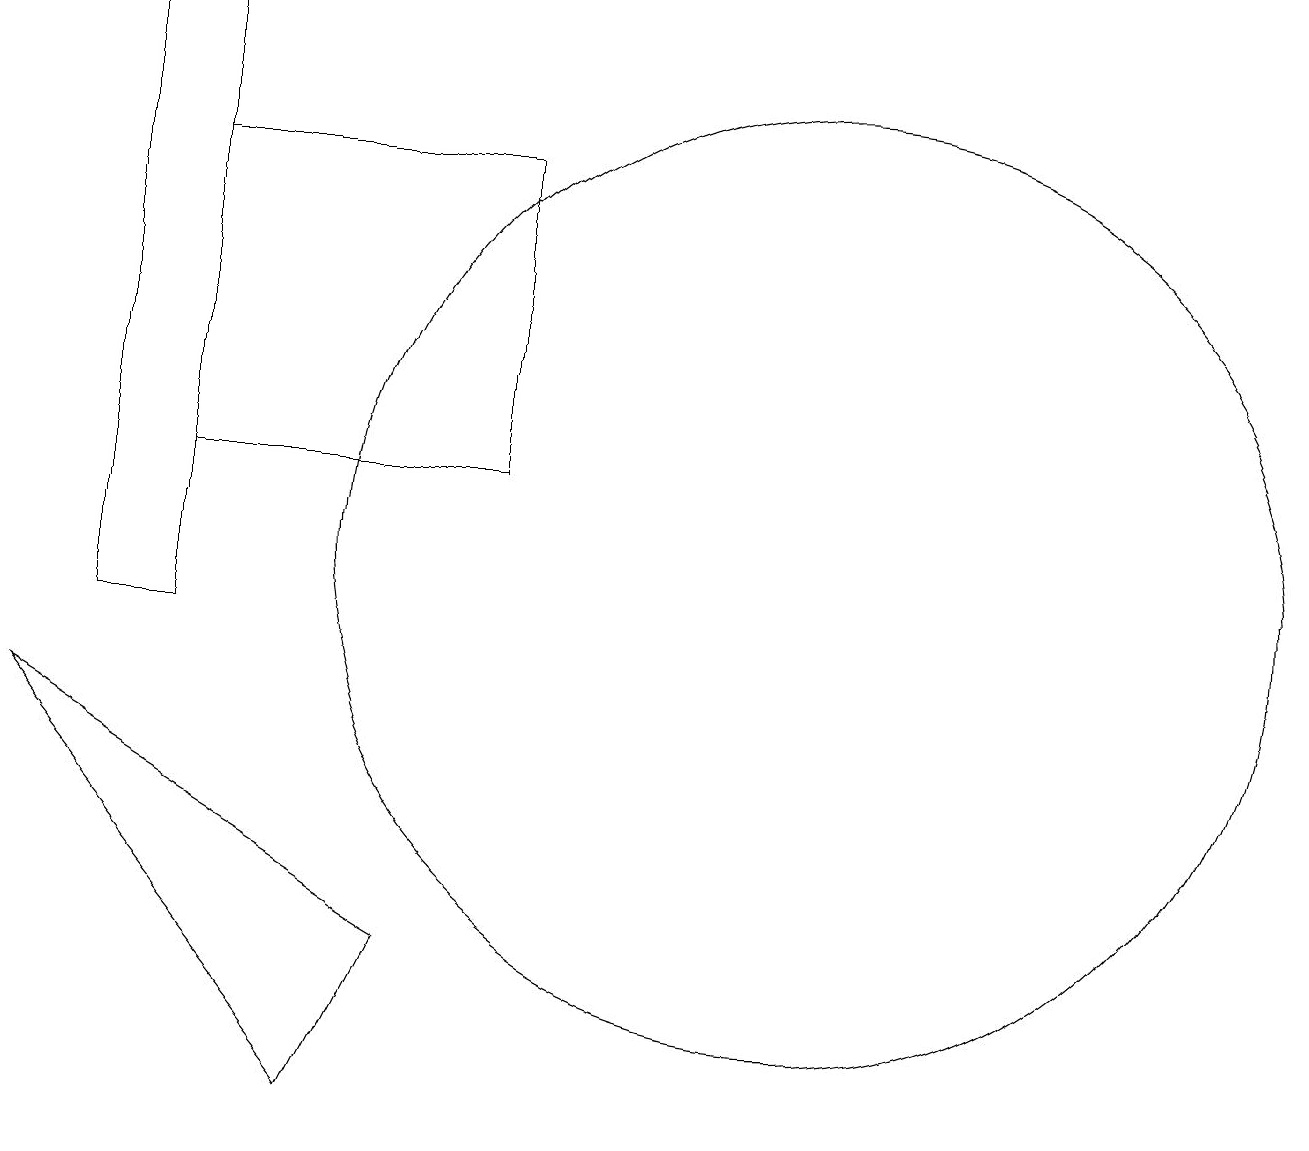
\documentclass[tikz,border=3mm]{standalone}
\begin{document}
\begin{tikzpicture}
\draw (2,18) rectangle (1,10);
\draw (2,12) rectangle (6,16);
\draw (4,4) -- (0,9) -- (5,6) -- cycle;
\draw (10,11) circle (6);
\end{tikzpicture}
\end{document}